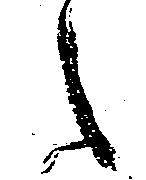
之